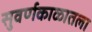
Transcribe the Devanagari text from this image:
सुवर्णकाळातला